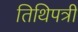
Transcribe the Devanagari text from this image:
तिथिपत्री